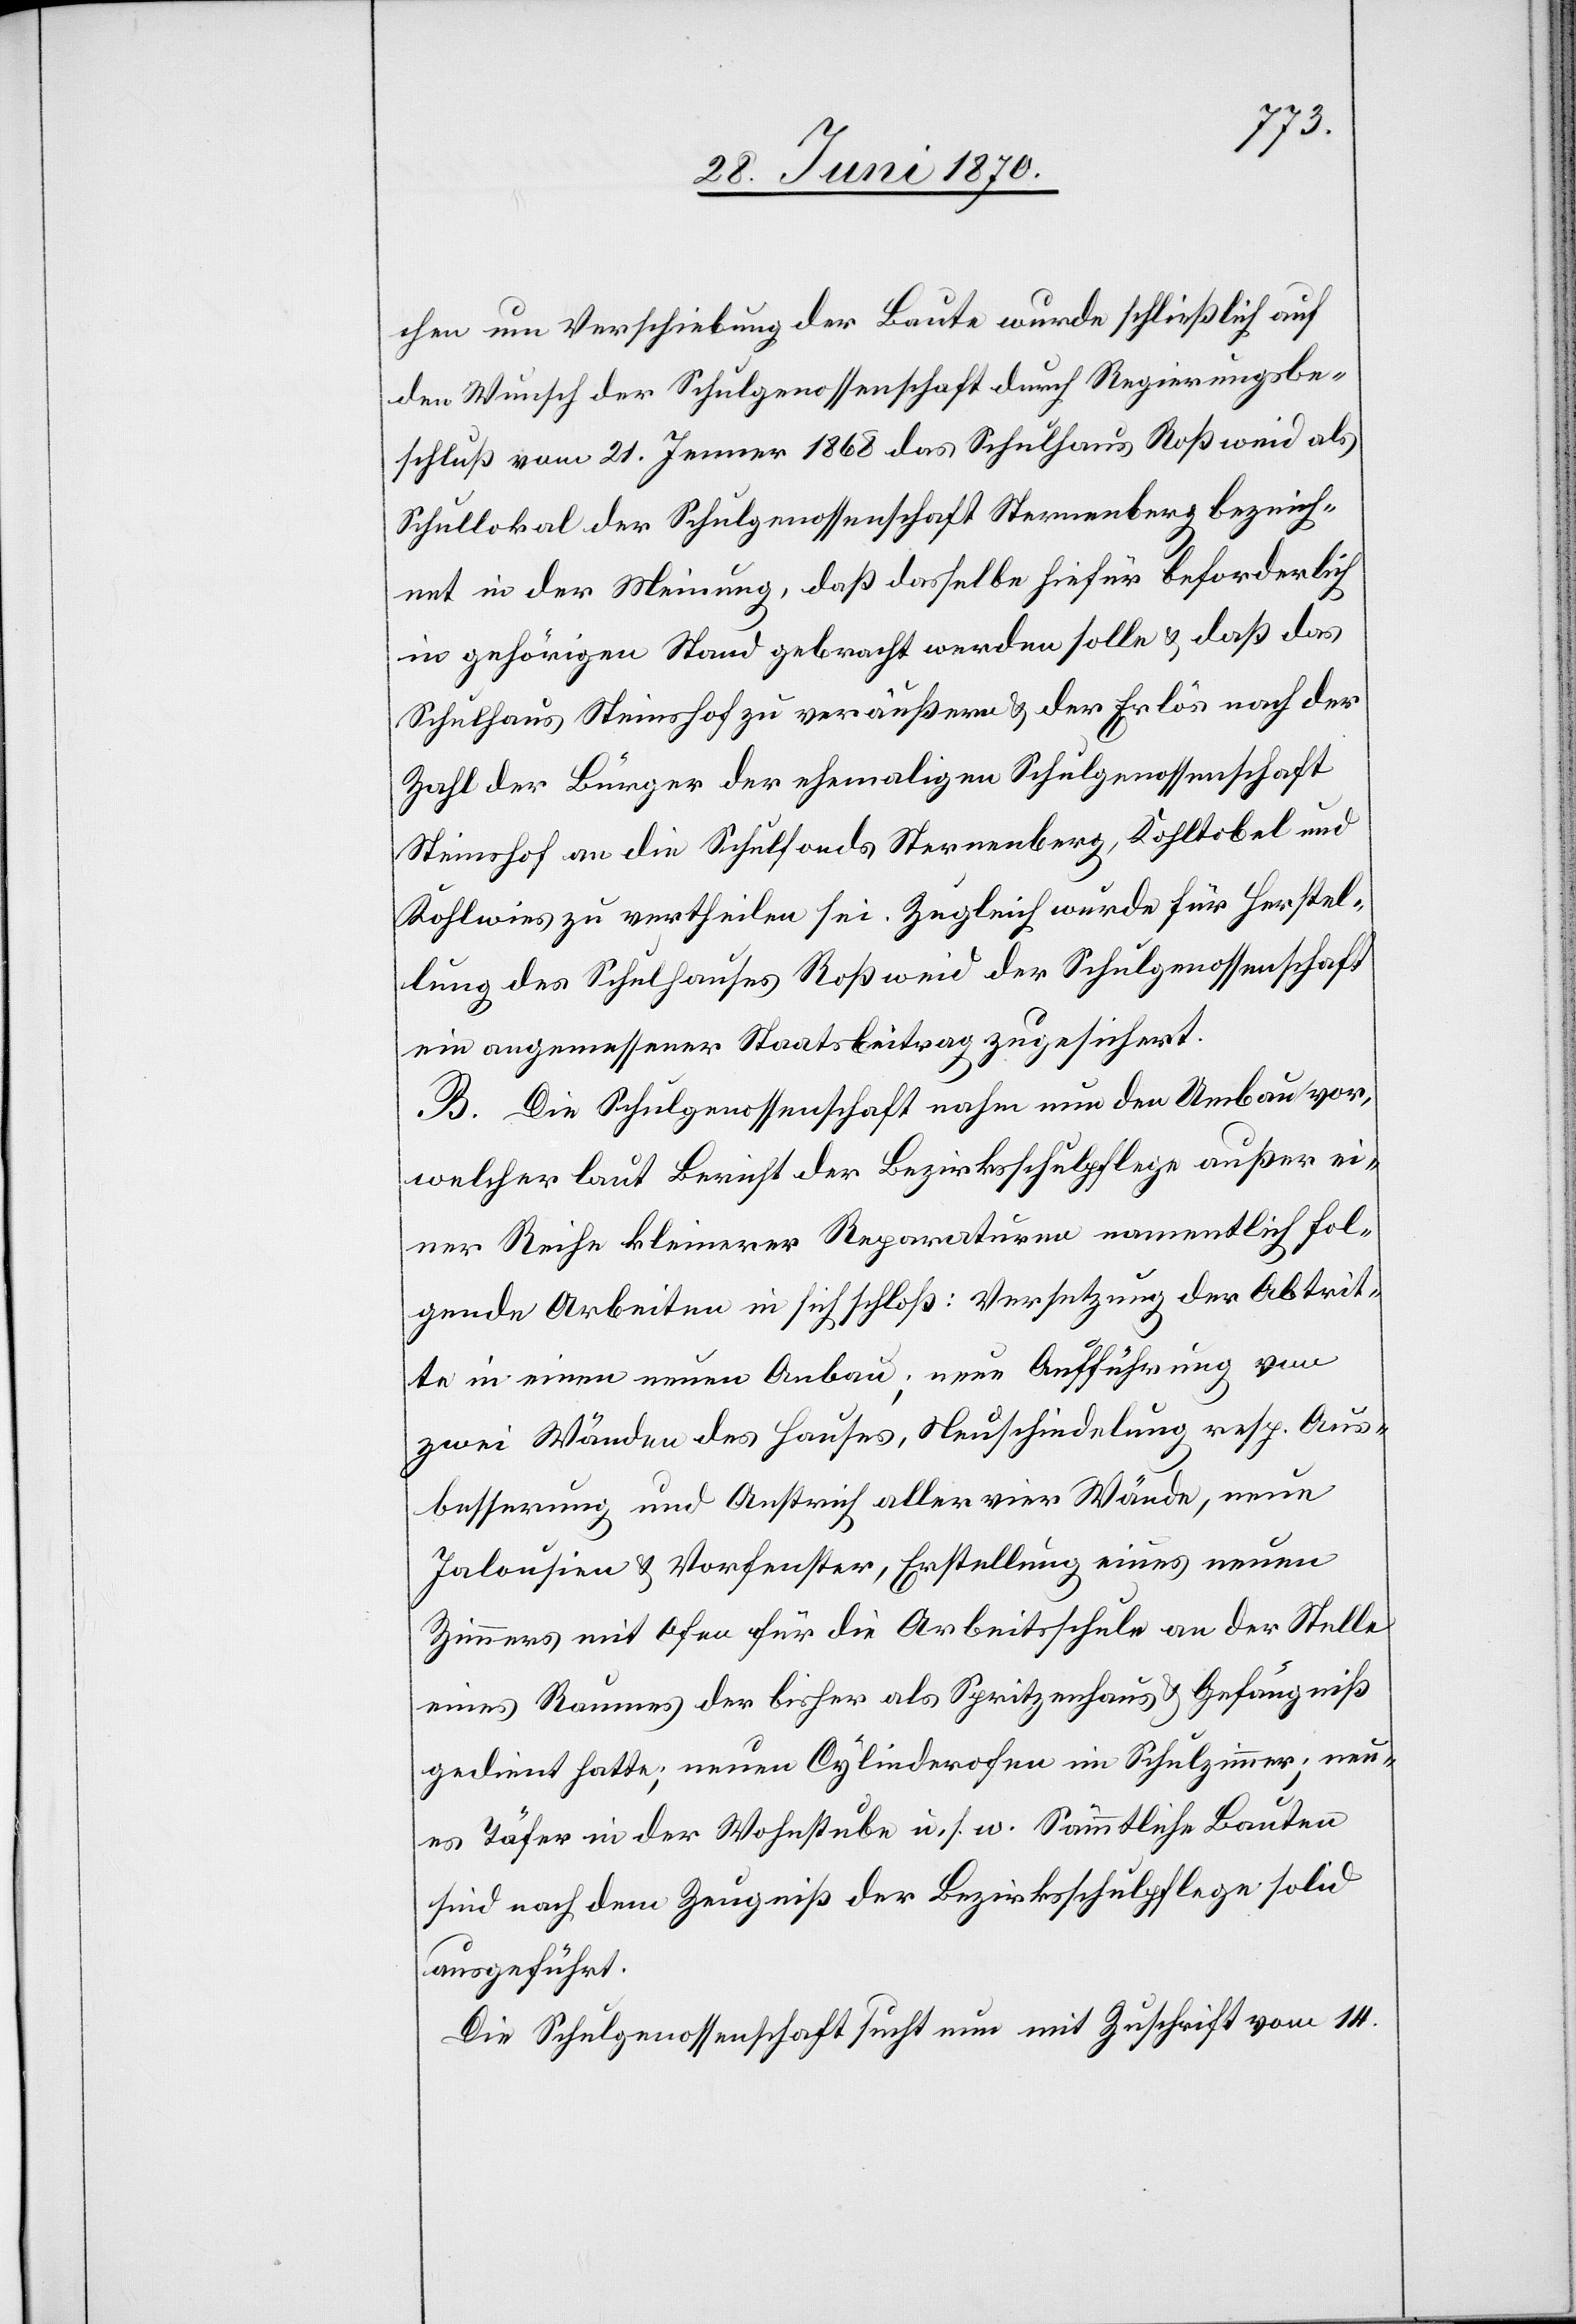
chen um Verschiebung der Baute wurde schließlich auf
den Wunsch der Schulgenossenschaft durch Regierungsbe¬
schluß vom 21. Jenner 1868 das Schulhaus Roßweid als
Schullokal der Schulgenossenschaft Sternenberg bezeich¬
net in der Meinung, daß dasselbe hiefür beforderlich
in gehörigen Stand gebracht werden solle & daß das
Schulhaus Steinshof [sic!] zu veräußern & der Erlös nach der
Zahl der Bürger der ehemaligen Schulgenossenschaft
Steinshof an die Schulfonds Sternenberg, Kohltobel und
Kohlwies zu vertheilen sei. Zugleich wurde für Herstel¬
lung des Schulhauses Roßweid der Schulgenossenschaft
ein angemessener Staatsbeitrag zugesichert.
B. Die Schulgenossenschaft nahm nun den Umbau vor,
welcher laut Bericht der Bezirksschulpflege außer ei¬
ner Reihe kleinerer Reparaturen namentlich fol¬
gende Arbeiten in sich schloß: Versetzung der Abtrit¬
te in einen neuen Anbau; neue Aufführung von
zwei Wänden des Hauses, Neuschindelung resp. Aus¬
besserung und Anstrich aller vier Wände, neue
Jalousien & Vorfenster, Erstellung eines neuen
Zimmers mit Ofen für die Arbeitsschule an der Stelle
eines Raumes der bisher als Spritzenhaus & Gefängniß
gedient hatte; neuen Cylinderofen im Schulzimmer; neu¬
es Täfer in der Wohnstube u. s. w. Sämmtliche Bauten
sind nach dem Zeugniß der Bezirksschulpflege solid
ausgeführt.
Die Schulgenossenschaft sucht nun mit Zuschrift vom 14.